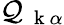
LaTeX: \mathcal{Q}_{\mathrm{{~\mathbf{~}k~}}\alpha}